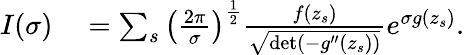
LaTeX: \begin{array}{rl}{I(\sigma)}&{{}=\sum_{s}\left(\frac{2\pi}{\sigma}\right)^{\frac{1}{2}}\frac{f(z_{s})}{\sqrt{\operatorname*{det}(-g^{\prime\prime}(z_{s}))}}e^{\sigma g(z_{s})}.}\end{array}